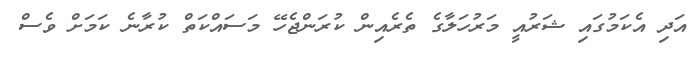
އަދި އެކަމުގައި ޝަރުއީ މަރުހަލާގެ ތެރެއިން ކުރަންޖެހޭ މަސައްކަތް ކުރާނެ ކަމަށް ވެސް